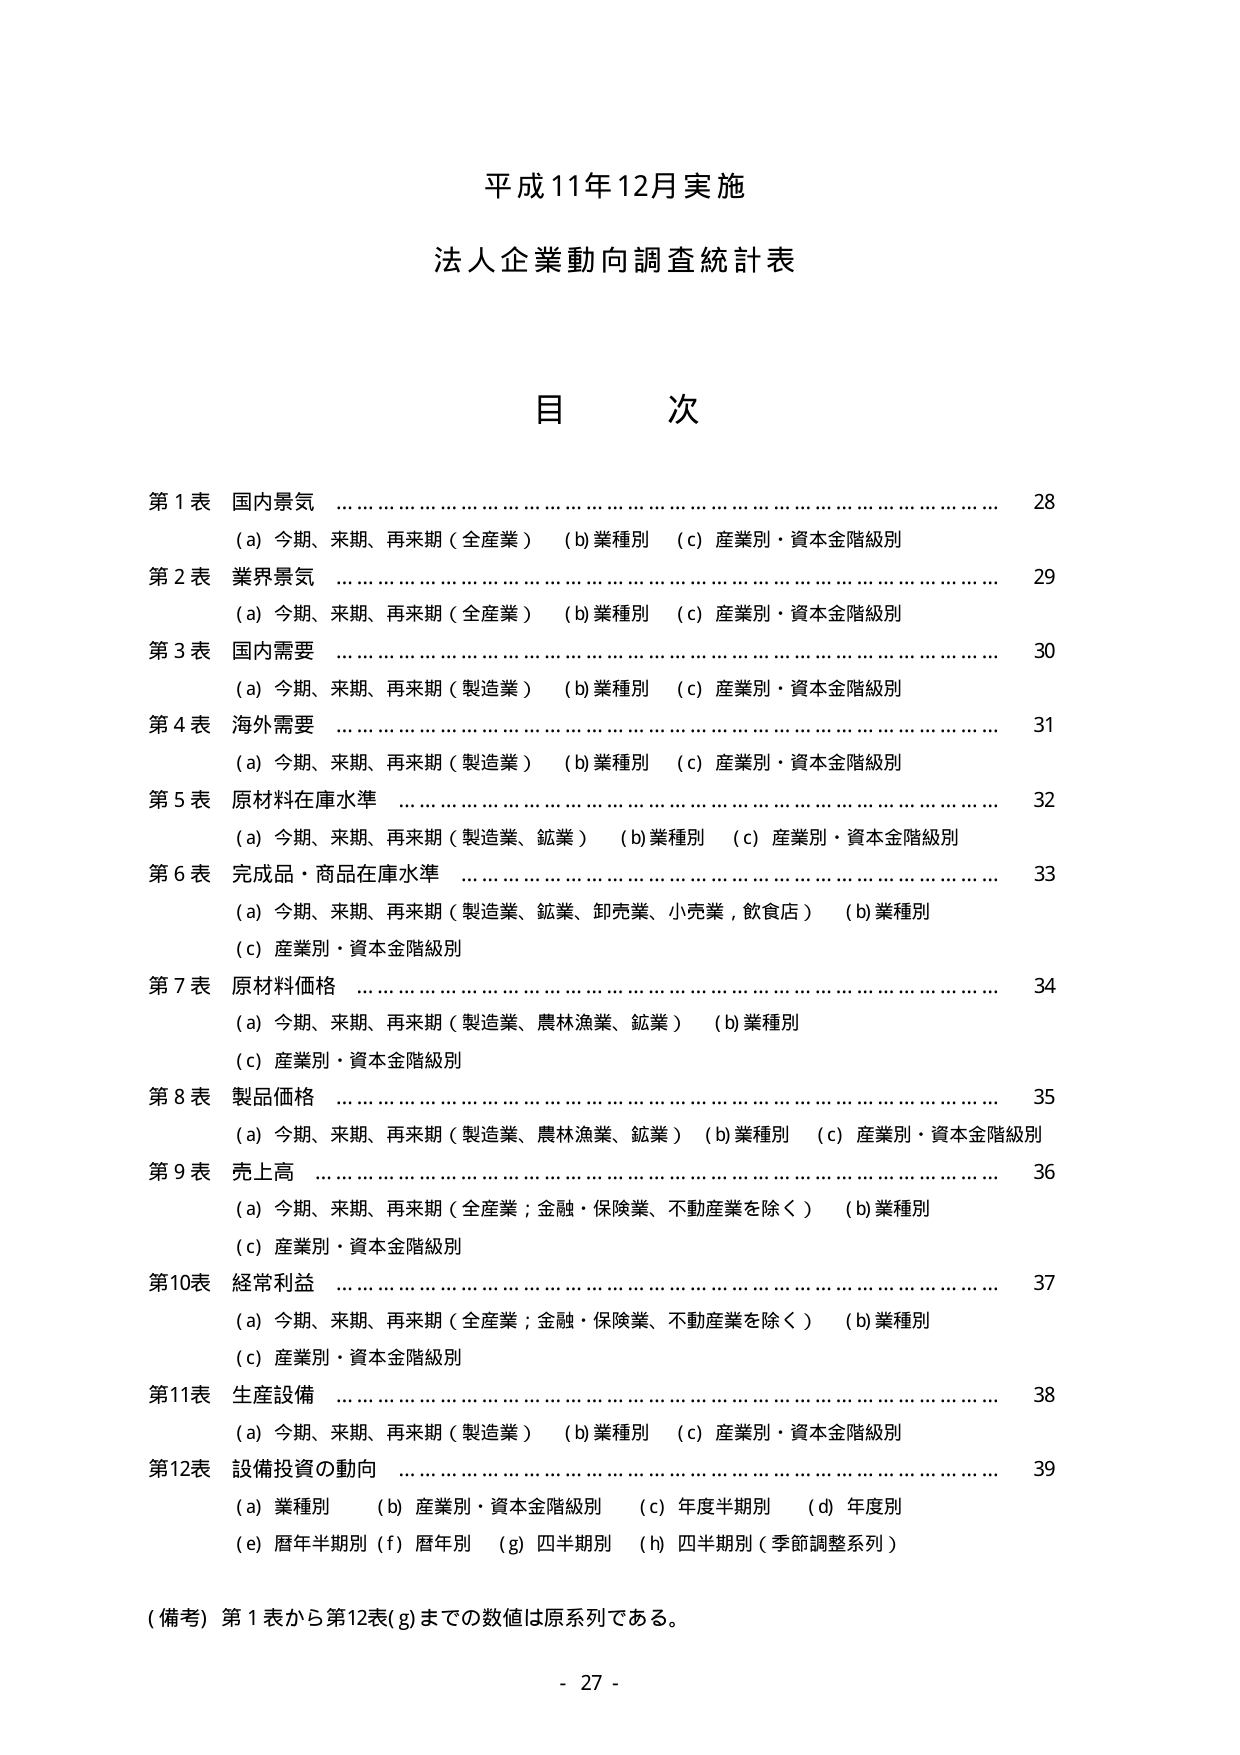
平成11年12月実施
法人企業動向調査統計表

目 次

第1表 国内景気 ……………………………………………………………… 28
　　(a) 今期、来期、再来期（全産業）　(b)業種別　(c)産業別・資本金階級別

第2表 業界景気 ……………………………………………………………… 29
　　(a) 今期、来期、再来期（全産業）　(b)業種別　(c)産業別・資本金階級別

第3表 国内需要 ……………………………………………………………… 30
　　(a) 今期、来期、再来期（製造業）　(b)業種別　(c)産業別・資本金階級別

第4表 海外需要 ……………………………………………………………… 31
　　(a) 今期、来期、再来期（製造業）　(b)業種別　(c)産業別・資本金階級別

第5表 原材料在庫水準 ……………………………………………………… 32
　　(a) 今期、来期、再来期（製造業、鉱業）　(b)業種別　(c)産業別・資本金階級別

第6表 完成品・商品在庫水準 ……………………………………………… 33
　　(a) 今期、来期、再来期（製造業、鉱業、卸売業、小売業、飲食店）　(b)業種別
　　(c)産業別・資本金階級別

第7表 原材料価格 …………………………………………………………… 34
　　(a) 今期、来期、再来期（製造業、農林漁業、鉱業）　(b)業種別
　　(c)産業別・資本金階級別

第8表 製品価格 ……………………………………………………………… 35
　　(a) 今期、来期、再来期（製造業、農林漁業、鉱業）　(b)業種別　(c)産業別・資本金階級別

第9表 売上高 ………………………………………………………………… 36
　　(a) 今期、来期、再来期（全産業；金融・保険業、不動産業を除く）　(b)業種別
　　(c)産業別・資本金階級別

第10表 経常利益 ……………………………………………………………… 37
　　(a) 今期、来期、再来期（全産業；金融・保険業、不動産業を除く）　(b)業種別
　　(c)産業別・資本金階級別

第11表 生産設備 ……………………………………………………………… 38
　　(a) 今期、来期、再来期（製造業）　(b)業種別　(c)産業別・資本金階級別

第12表 設備投資の動向 ……………………………………………………… 39
　　(a)業種別　(b)産業別・資本金階級別　(c)年度半期別　(d)年度別
　　(e)暦年半期別　(f)暦年別　(g)四半期別　(h)四半期別（季節調整系列）

（備考）第1表から第12表(g)までの数値は原系列である。

- 27 -